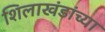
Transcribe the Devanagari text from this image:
शिलाखंडांच्या